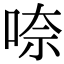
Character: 㖠